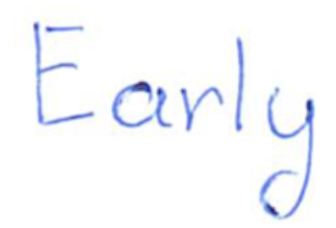
Text: Early
Cross-out: clean
Writing tool: ballpoint